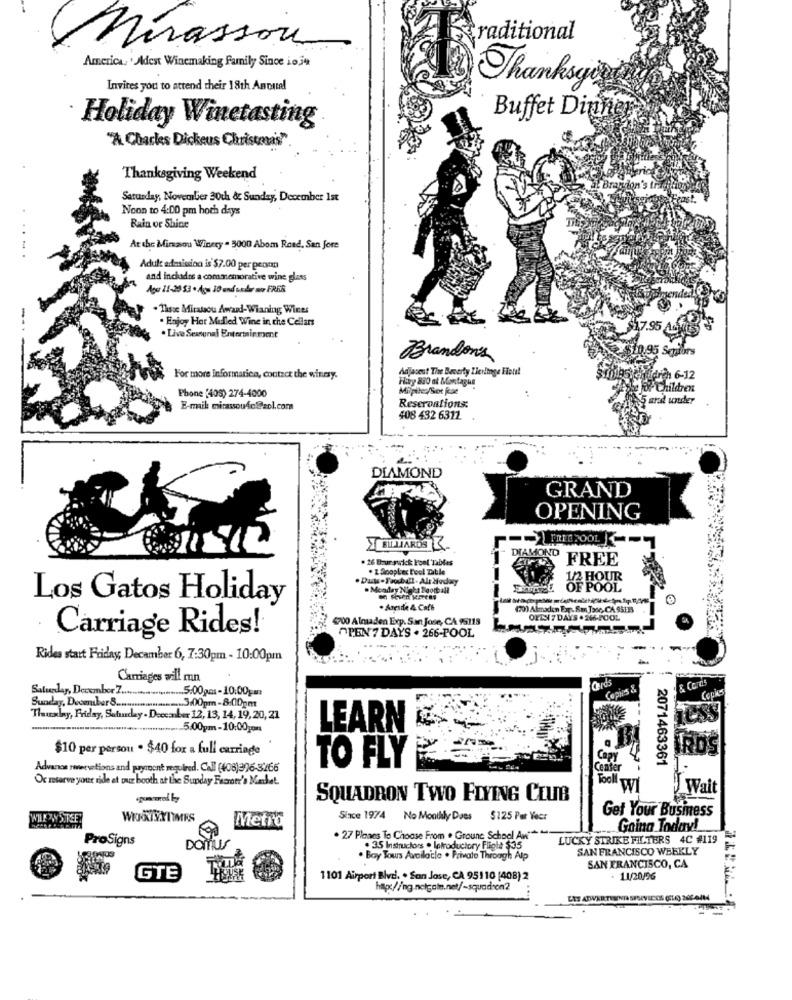
traditional
Mirassou
America, ' Adest Winemaking Family Since ioju
Invites you to attend their 18th Annual
Thanksyigg
Holiday Winetasting
Buffet Dinner
"A Charles Dickens Christmas"
Thanksgiving Weekend
Saturday, November 30ch & Sunday, December 1st
Noon to 4:00 pm hoch days
Rain or Shine
At the Miramos Winery . 3000 Abom Reed, San fore
.....
Adult admission is $7.00 per peoon
and inchados a commemorative wine glass
Ager 11-20 53 · Agu 30 and under no FRKA
. Those Mirabou Award-Wianing Wines
. Enjoy Hor Mulled Wine in the Cellars
. Live Sextunal Entertainment
Brandons
Adjacent The Beverly Zierlinge Hotel
For more Informatica, contact the winesy.
Hry 820 at Montague
1-12
Phone (405) 274-4000
Milpile /Sot jae
Children
Reserontions:
grad under
E-mail mirassoufo@aol.com
408 432 6312
DIAMOND
GRAND
OPENING
FREE POOL
BILLARDS
. 26 Bur surick l'ont'Tables
DIAMOND
FREE
. 1 Spoplex Pool Table
Monday Night Football
Los Gatos Holiday
(70) Almaden Exp. Sm Jose,CA. 95115
700 Almaden Exp. San Jose, CA 95118
OKT 7 DAYS . 246-POOL
OPEN 7 DAYS . 266-POOL
Carriage Rides!
Rides start Friday, December 6, 7:30pm - 10:00pm
Carriages will run
Cards
& Cords
Saturday, December Zenin
....... 5:00gmt -10:00gan
Copies &
-
Sunday, December 8 ..................... 3:00pm -8:00pm
Thusly, Friday, Saturday . December 12, 13, 14, 19, 20, 21
..............._ 5:00pm-10:00jon
LEARN
$10 per person . $40 for a full carriage
TO FLY
2071463361
Advance sweevetions and payment required. CAIl (408)306-3/66
Ox mserve your ride at our booth at the Sunday Facrer's Market.
Tool
W
" Wait
SQUADRON TWO FLYING CLUB
Get Your Business
WHEW STEE
Since 1974 No Monthly Daes
$225 Par Yecr
Metro
Going Today!
ProSigns
DOTUS
. 27 Planes To Choose From . Groune School Aw"++-
LUCKY STRIKE FILTERS 4C #119
. 3.5 Instructors . Introductory Fligle $35
SAN FRANCISCO WEEKLY
. Boy Tours Available . Private Through Alp
SAN FRANCISCO, CA
GTE
1101 Airport Blvd. . San Jose, CA 95110 [408) 2
11/20/06
LIS ADVERTERENTA SESAVECOS (ELA) 202-6414